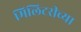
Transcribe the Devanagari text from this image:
मिलिटरीच्या